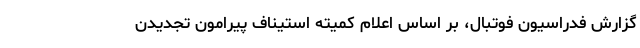
گزارش فدراسیون فوتبال، بر اساس اعلام کمیته استیناف پیرامون تجدیدن